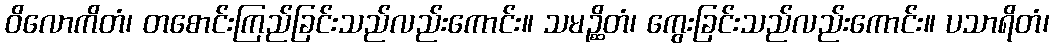
ဝိလောကိတံ၊ တစောင်းကြည်ခြင်းသည်လည်းကောင်း။ သမဉ္ဆိတံ၊ ကွေးခြင်းသည်လည်းကောင်း။ ပသာရိတံ၊